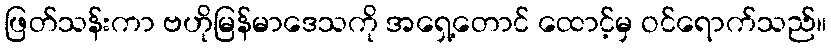
ဖြတ်သန်းကာ ဗဟိုမြန်မာဒေသကို အရှေ့တောင် ထောင့်မှ ဝင်ရောက်သည်။